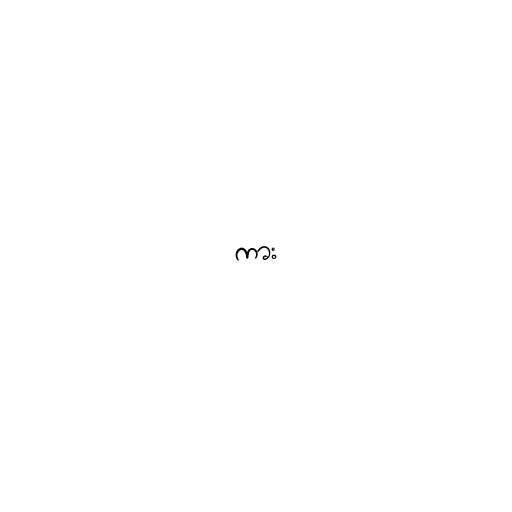
ကား